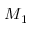
M _ { 1 }